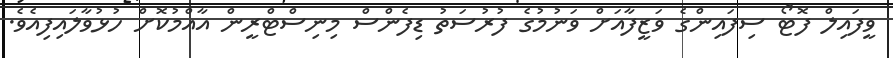
ވީފައިލް ފޮޓޯ ސިފައިންގެ ވަޒީފާއަށް ވަނުމުގެ ފުރުސަތު ޑިފެންސް މިނިސްޓްރީން އާއްމުކޮށް ހުޅުވާލައިފިއެވެ.